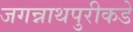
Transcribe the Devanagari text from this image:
जगन्नाथपुरीकडे